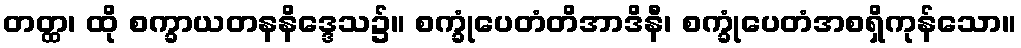
တတ္ထ၊ ထို စက္ခာယတနနိဒ္ဒေသ၌။ စက္ခုံပေတံတိအာဒိနီ၊ စက္ခုံပေတံအစရှိကုန်သော။